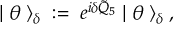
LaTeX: | \; \theta \; \rangle _ { \delta } \; : = \; e ^ { i \delta \tilde { Q } _ { 5 } } \; | \; \theta \; \rangle _ { \delta } \; ,